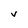
Character: V